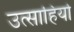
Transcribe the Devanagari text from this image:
उत्साहियो